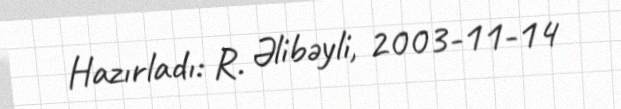
Hazırladı: R. Əlibəyli, 2003-11-14